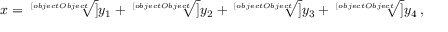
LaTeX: x = { \sqrt [ [object Object] ] { y _ { 1 } } } + { \sqrt [ [object Object] ] { y _ { 2 } } } + { \sqrt [ [object Object] ] { y _ { 3 } } } + { \sqrt [ [object Object] ] { y _ { 4 } } } \, ,